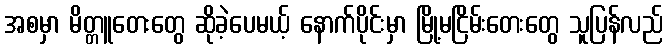
အစမှာ မိတ္တူတေးတွေ ဆိုခဲ့ပေမယ့် နောက်ပိုင်းမှာ မြို့မငြိမ်းတေးတွေ သူပြန်လည်